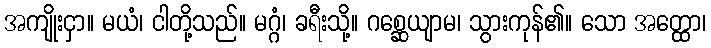
အကျိုးငှာ။ မယံ၊ ငါတို့သည်။ မဂ္ဂံ၊ ခရီးသို့။ ဂစ္ဆေယျာမ၊ သွားကုန်၏။ သော အတ္ထော၊